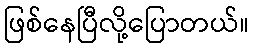
ဖြစ်နေပြီလို့ပြောတယ်။